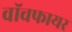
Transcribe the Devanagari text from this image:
वॉचफायर